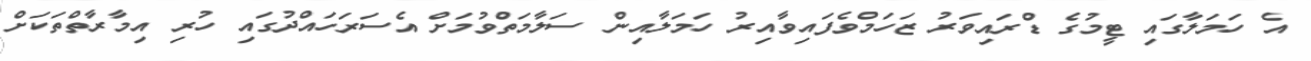
އެ ހަމަލާގައި ޓީމުގެ ޑްރައިވަރު ޒަހަމްވެފައިވާއިރު ހަމަލާއިން ސަލާމަތްވުމަށް އެސަރަހައްދުގައި ހުރި އިމާރާތްތަކަށް